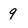
Character: 9